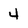
Character: 4